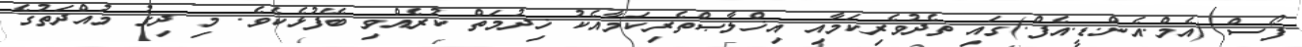
ފޯސް (އެމް.އެން.ޑީ.އެފް.)ގައި ތެދުވެރިކަމާއި އިޚްލާޞްތެރިކަމާއެކު ޚިދުމަތް ކުރެއްވި ބޭފުޅެކެވެ. މި ދިގު މުއްދަތުގެ